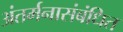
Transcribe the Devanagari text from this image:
अंतर्मनासंबंधित